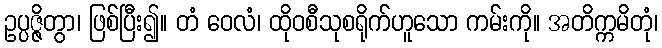
ဥပ္ပဇ္ဇိတွာ၊ ဖြစ်ပြီး၍။ တံ ဝေလံ၊ ထိုဝစီသုစရိုက်ဟူသော ကမ်းကို။ အတိက္ကမိတုံ၊